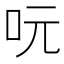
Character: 𠰂